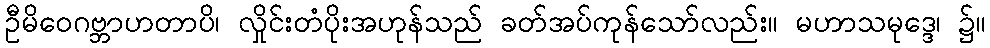
ဦမိဝေဂဗ္ဘာဟတာပိ၊ လှိုင်းတံပိုးအဟုန်သည် ခတ်အပ်ကုန်သော်လည်း။ မဟာသမုဒ္ဒေ၊ ၌။